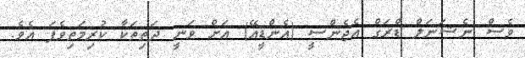
ވެސް ނެޝަނަލް ޑްރަގް އެޖެންސީ (އެންޑީއޭ) އަށް ވަނީ ދަތިތަކާ ކުރިމަތިވެފަ އެވެ.